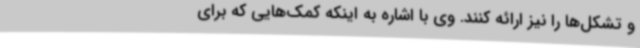
و تشکل‌ها را نیز ارائه کنند. وی با اشاره به اینکه کمک‌هایی که برای